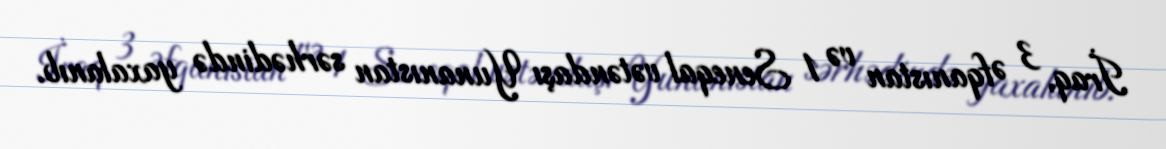
İraq, 3 Əfqanıstan və 1 Seneqal vətəndaşı Yunanıstan sərhədində yaxalanıb.